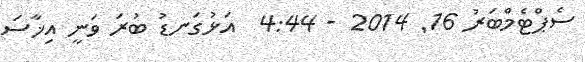
ސެޕްޓެމްބަރު 16